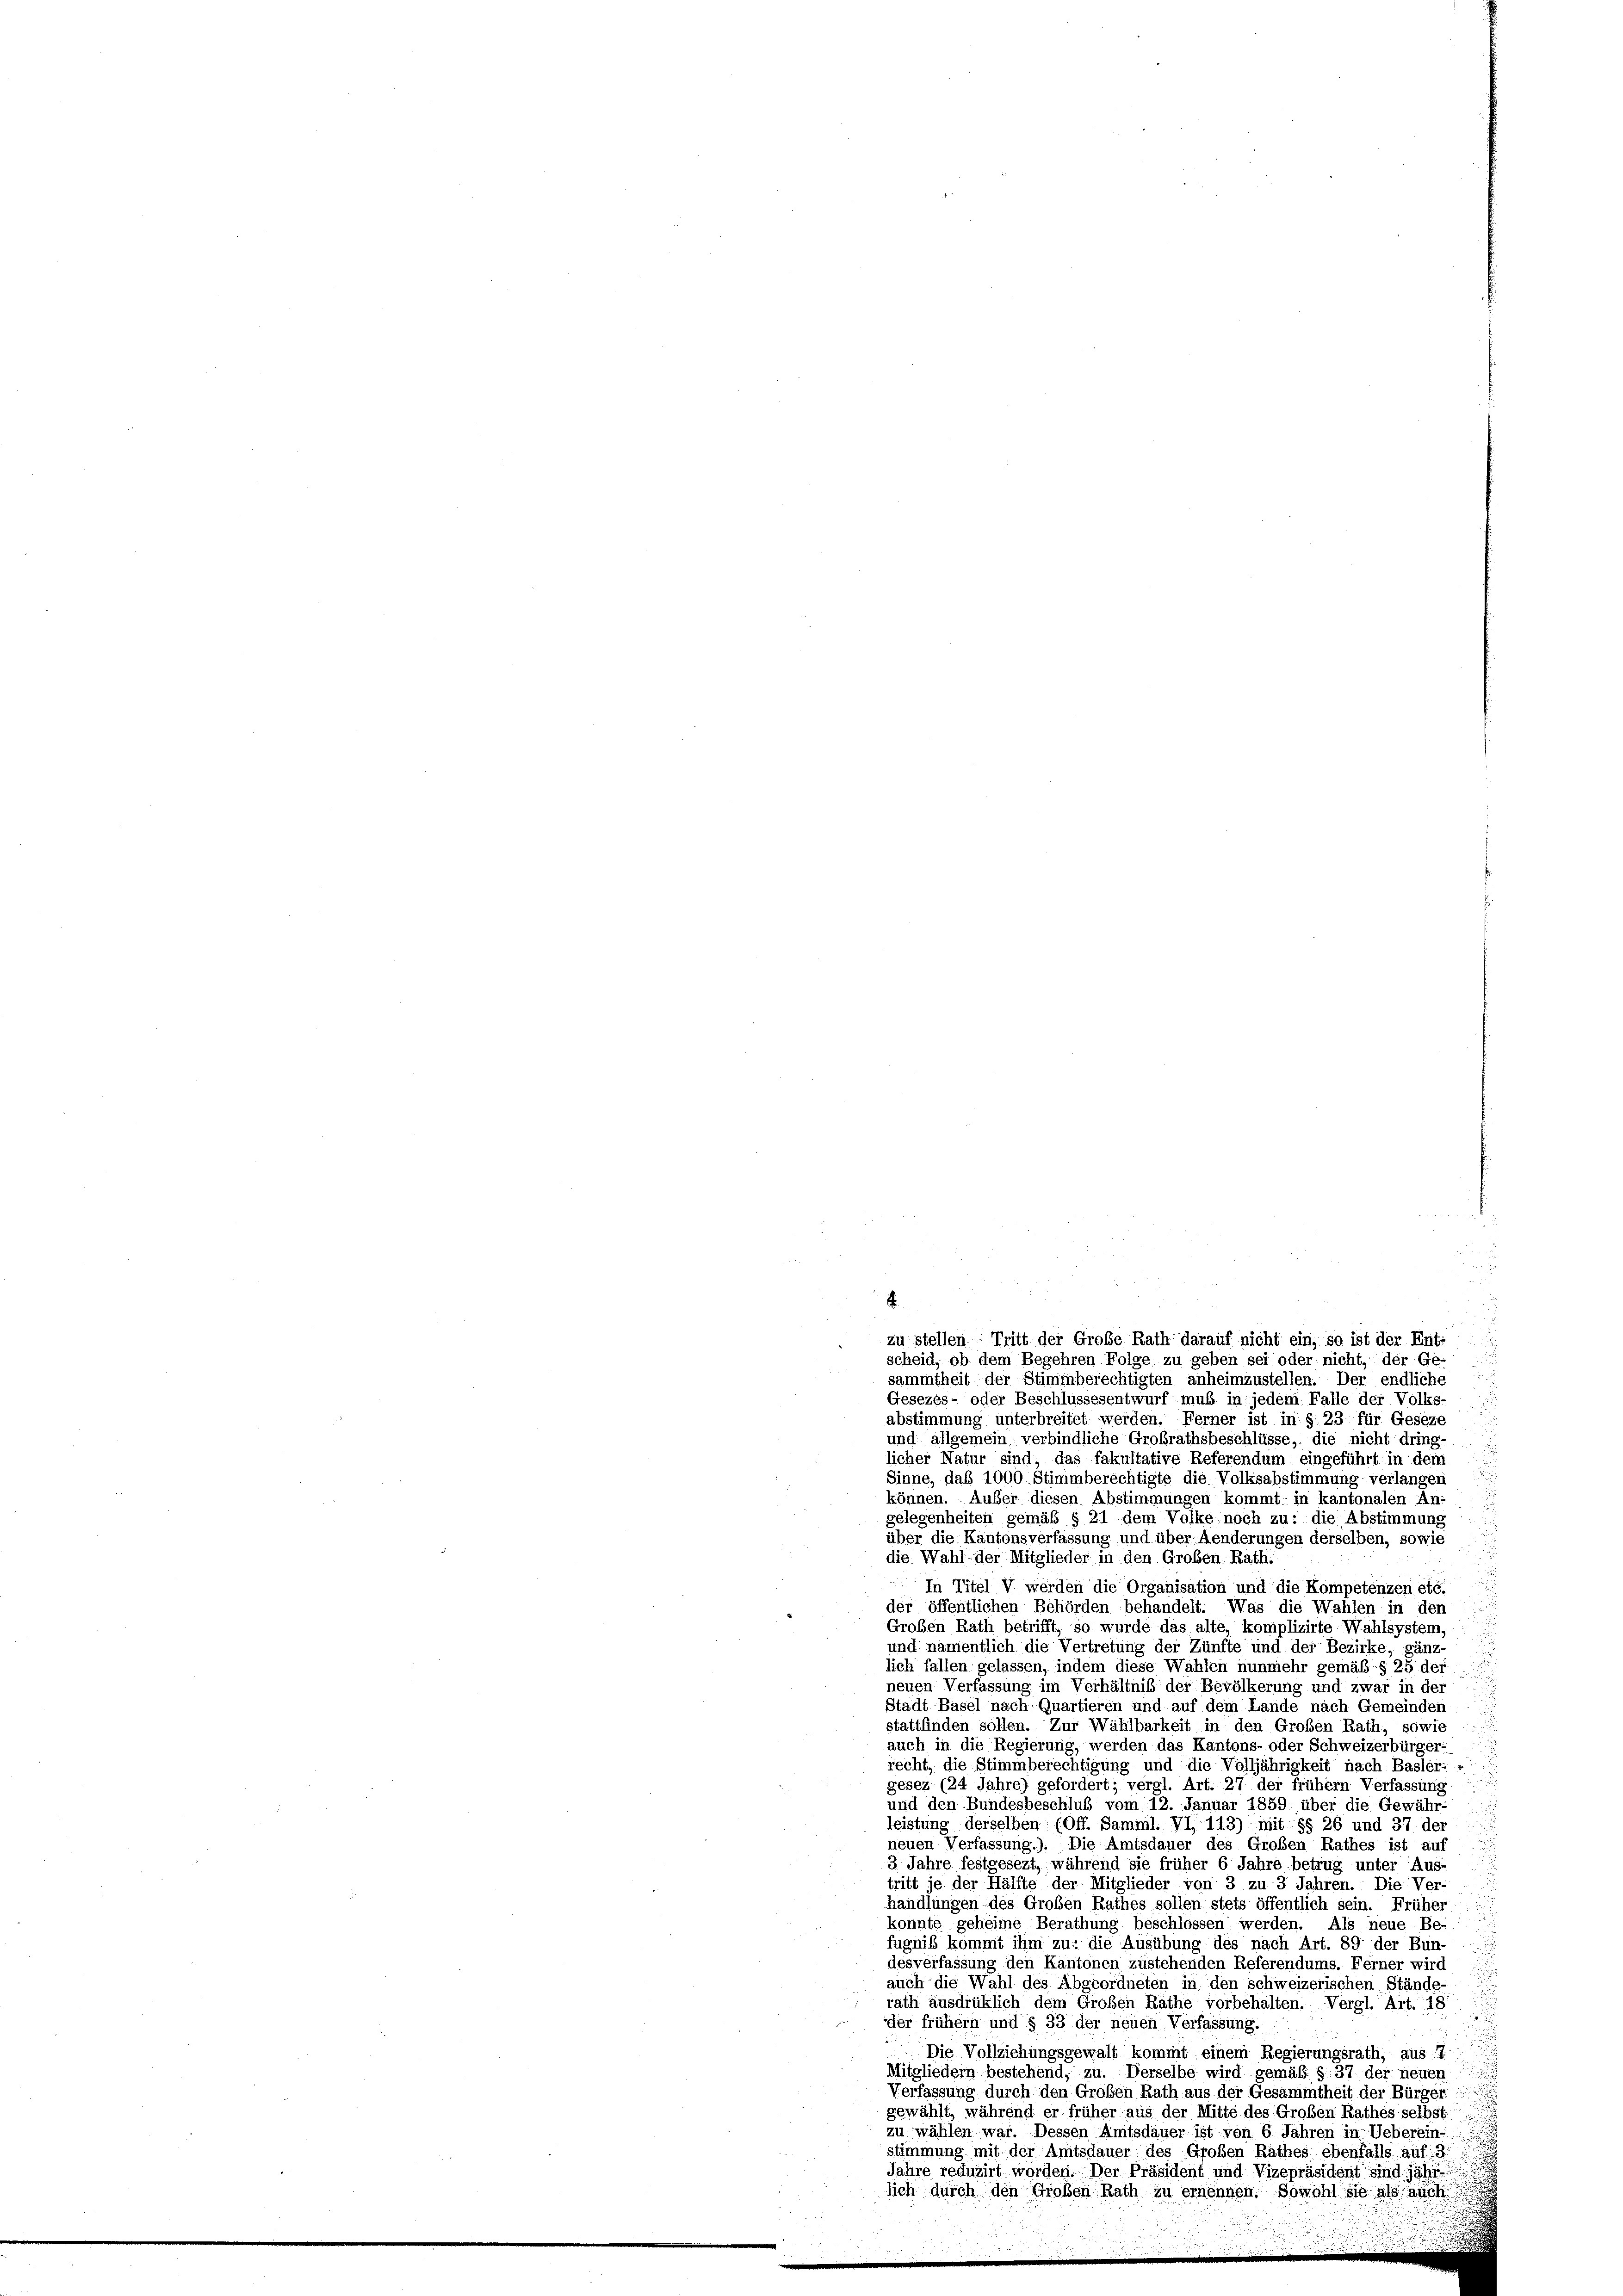
.
sammtheit der Stimmberechtigten anheimzustellen. Der endliche
Gesezes- oder Beschlussesentwurf muß in jedem Falle der Volks-
abstimmung unterbreitet werden. Ferner ist in § 23 für Geseze
und allgemein verbindliche Großrathsbeschlüsse, die nicht dring-
licher Natur sind, das fakultative Referendum eingeführt in dem
Sinne, daß 1000 Stimmberechtigte die Volksabstimmung verlangen
können. Außer diesen Abstimmungen kommt; in kantonalen An-
gelegenheiten gemäß § 21 dem Volke, noch zu: die Abstimmung
über die Kantonsverfassung und über Aenderungen derselben, sowie
die Wahl der Mitglieder in den Großen Rath.
In Titel V werden die Organisation und die Kompetenzen etc.
der öffentlichen Behörden behandelt. Was die Wahlen in den
Großen Rath betrifft, so wurde das alte, komplizirte Wahlsystem,
und namentlich die Vertretung der Zünfte und der Bezirke, gänz
lich fallen gelassen, indem diese Wahlen nunmehr gemäß § 25 der
neuen Verfassung im Verhältnis der Bevölkerung und zwar in der
Stadt Basel nach Quartieren und auf dem Lande nach Gemeinden
stattfinden sollen. Zur Wählbarkeit in den Großen Rath, sowie
auch in die Regierung, werden das Kantons- oder Schweizerbürger:
recht, die Stimmberechtigung und die Volljährigkeit nach Basler- »
gesez (24 Jahre) gefordert; vergl. Art. 27 der frühem Verfassung
und den Bundesbeschluß vom 12. Januar 1859 über die Gewähr-
leistung derselben (Off. Samml. VI, 113) mit §§ 26 und 37. der
neuen Verfassung.). Die Amtsdauer des Großen Rathes ist auf
3 Jahre festgesezt, während sie früher 6 Jahre betrug unter Aus-
tritt je der Hälfte der Mitglieder von 3 zu 3 Jahren. Die Ver-
handlungen des Großen Rathes sollen stets öffentlich sein. Früher
konnte geheime Berathung beschlossen werden. Als neue Be-
fugnis kommt ihm zu: die Ausübung des nach Art. 89 der Bun
desverfassung den Kantonen zustehenden Referendums. Ferner wird
auch die Wahl des Abgeordneten in den schweizerischen Stände
rath ausdrüklich dem Großen Räthe vorbehalten. Vergl. Art. 18
der frühem und § 33 der neuen Verfassung.
.Die Vollziehungsgewalt kommt einem Regierungsrath, aus: I
Mitgliedern bestehend, zu. Derselbe wird gemäß §. 37. der neuen
Verfassung durch den Großen Rath aus der Gesammtheit der Bürger
gewählt, während er früher aus der Mitte des Großen Rathes selbst
zu wählen war. Dessen Amtsdauer ist von 6 Jahren in Ueberein-
stimmung mit der Amtsdauer des Großen Rathes ebenfalls auf 3.
Jahre reduzirt worden. Der Präsident und Vizepräsident sind jähr
slich durch den Großen Rath zu ernennen. Sowohl sie als auch
i

zu stellen Tritt der Große Rath darauf nicht ein, so ist der Ent-
scheid, ob dem Begehren Folge zu geben sei oder nicht, der Ge-